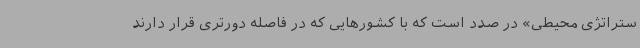
ستراتژی محیطی» در صدد است که با کشورهایی که در فاصله دورتری قرار دارند